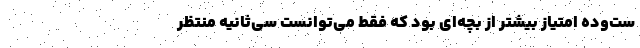
ست‌وده امتیاز بیشتر از بچه‌ای بود که فقط می‌توانست سی‌ثانیه منتظر